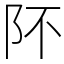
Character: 阫